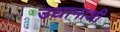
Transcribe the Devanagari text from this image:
उद्यानाशी